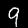
Digit: 9